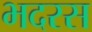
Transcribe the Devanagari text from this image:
भदरस